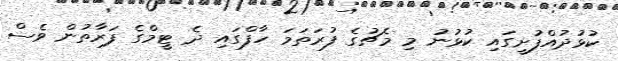
ކުޅުދުއްފުށީގައި ކުޅުނު މި މެޗުގެ ފުރަތަމަ ހާފްގައި ދެ ޓީމްގެ ފަރާތުން ވެސް